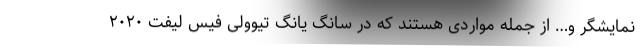
نمایشگر و… از جمله مواردی هستند که در سانگ یانگ تیوولی فیس لیفت ۲۰۲۰